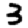
Digit: 3